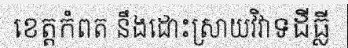
ខេត្តកំពត នឹងដោះស្រាយវិវាទដីធ្លី